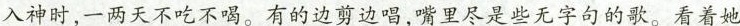
入神时，一两天不吃不喝。有的边剪边唱，嘴里尽是些无字句的歌。看着她